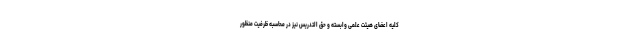
کلیه اعضای هیئت علمی وابسته و حق التدریس نیز در محاسبه ظرفیّت منظور